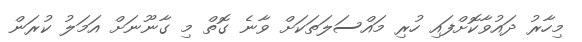
މިހާރު ދައުވާކޮށްފައި ހުރި މައްސަލަތަކަށް ވާނެ ގޮތް މި ގާނޫނަށް އަމަލު ކުރަން